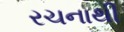
રચનાથી